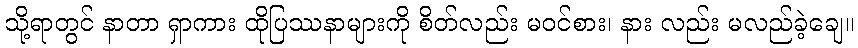
သို့ရာတွင် နာတာ ရှာကား ထိုပြဿနာများကို စိတ်လည်း မဝင်စား၊ နား လည်း မလည်ခဲ့ချေ။